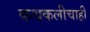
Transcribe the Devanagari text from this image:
कथकलीचाही